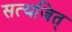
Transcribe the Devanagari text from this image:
सत्यजित्